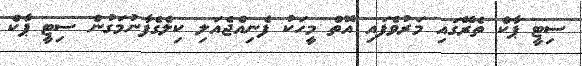
ސިޓީ ޕާކް ތެރޭގައި މަރުވެފައި އޮތް މީހަކު ފެނިއްޖެއަލި ކިލެގެފާނުމަގުން ސިޓީ ޕާކް